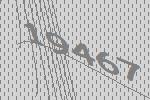
19467